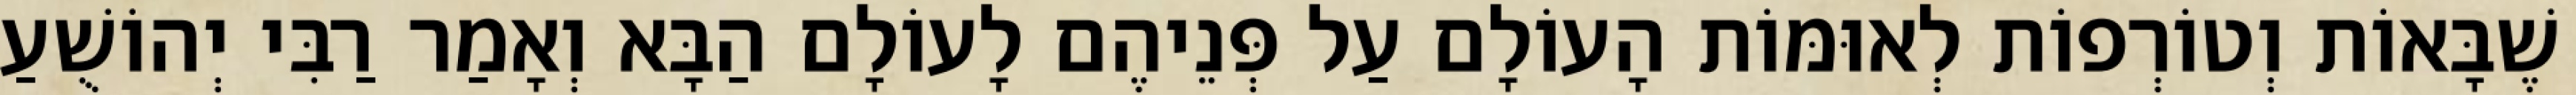
שֶׁבָּאוֹת וְטוֹרְפוֹת לְאוּמּוֹת הָעוֹלָם עַל פְּנֵיהֶם לָעוֹלָם הַבָּא וְאָמַר רַבִּי יְהוֹשֻׁעַ